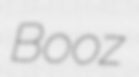
Booz